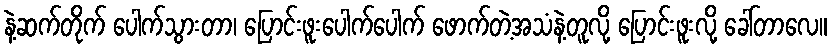
နဲ့ဆက်တိုက် ပေါက်သွားတာ၊ ပြောင်းဖူးပေါက်ပေါက် ဖောက်တဲ့အသံနဲ့တူလို့ ပြောင်းဖူးလို့ ခေါ်တာလေ။